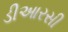
ડીઆરસી